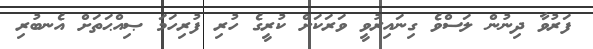
ފަރުވާ ދިނުން ލަސްވެ ގިނައިރުވީ ވަރަކަށް ކުރީގެ ހުރި ފުރިހަމަ ޞިއްޙަތަށް އެނބުރި